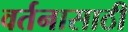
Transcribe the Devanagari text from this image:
वर्तनासाठी